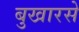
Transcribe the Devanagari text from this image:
बुखारसे